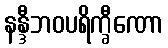
နန္ဒီဘဝပရိက္ခီဏော